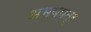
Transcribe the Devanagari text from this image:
अभयपत्र